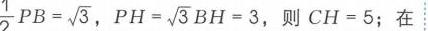
\(\frac{1}{2}PB = \sqrt{3}\)，\(PH=\sqrt{3}BH = 3\)，则\(CH = 5\)；在